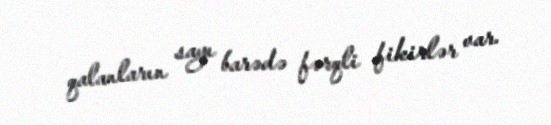
qalanların sayı barədə fərqli fikirlər var.